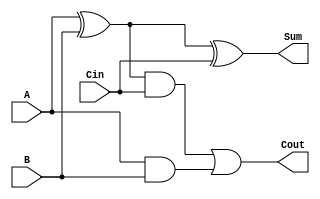
// full adder using gate level.
module Full_adder( A, B, Cin, Sum, Cout );

    input A, B, Cin;
    output Sum, Cout;

    wire W1, W2, W3;

    xor xor1(W1, A, B);
    and and1(W2, W1, Cin);
    and and2(W3, A, B);
    xor xor2(Sum, W1, Cin);
    or or1(Cout, W2, W3);

endmodule